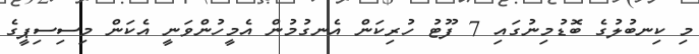
މި ކިނބުލުގެ ބޮޑުމިނުގައި 7 ފޫޓު ހުރިކަން އެނގުމުން އެމީހުންވަނީ އެކަން މިސިސިޕީގެ